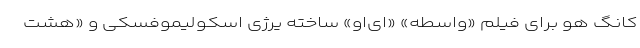
کانگ هو برای فیلم «واسطه» «ای‌او» ساخته یرژی اسکولیموفسکی و «هشت